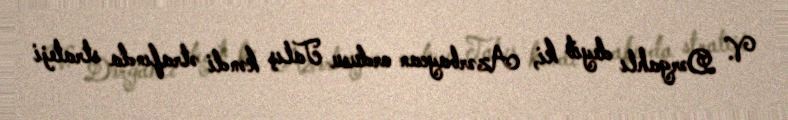
V. Dərgahlı deyib ki, Azərbaycan ordusu Talış kəndi ətrafında strateji